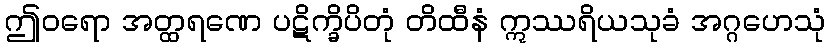
ဤဝရော အတ္ထရဏေ ပဋိက္ခိပိတုံ တိထီနံ ဣဿရိယသုခံ အဂ္ဂဟေသုံ